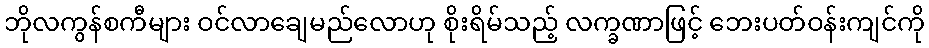
ဘိုလကွန်စကီများ ဝင်လာချေမည်လောဟု စိုးရိမ်သည့် လက္ခဏာဖြင့် ဘေးပတ်ဝန်းကျင်ကို